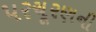
પરચૂરણની